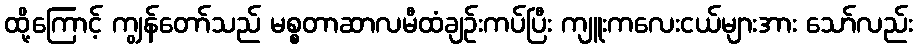
ထို့ကြောင့် ကျွန်တော်သည် မစ္စတာဆာလမီထံချဉ်းကပ်ပြီး ကျူးကလေးငယ်များအား သော်လည်း